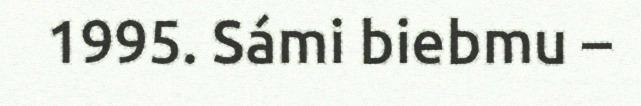
1995. Sámi biebmu –